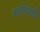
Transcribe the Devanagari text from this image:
कर्तव्यही